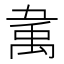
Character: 𰨚